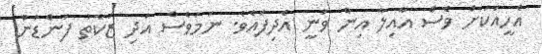
އެހީއަކަށް ވެސް އާއިލާ އިން ވަނީ އެދިފައެވެ. ނަމަވެސް އަދި ޒަކާތު ފަންޑުން